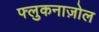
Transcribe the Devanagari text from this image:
फ्लुकनाज़ोल